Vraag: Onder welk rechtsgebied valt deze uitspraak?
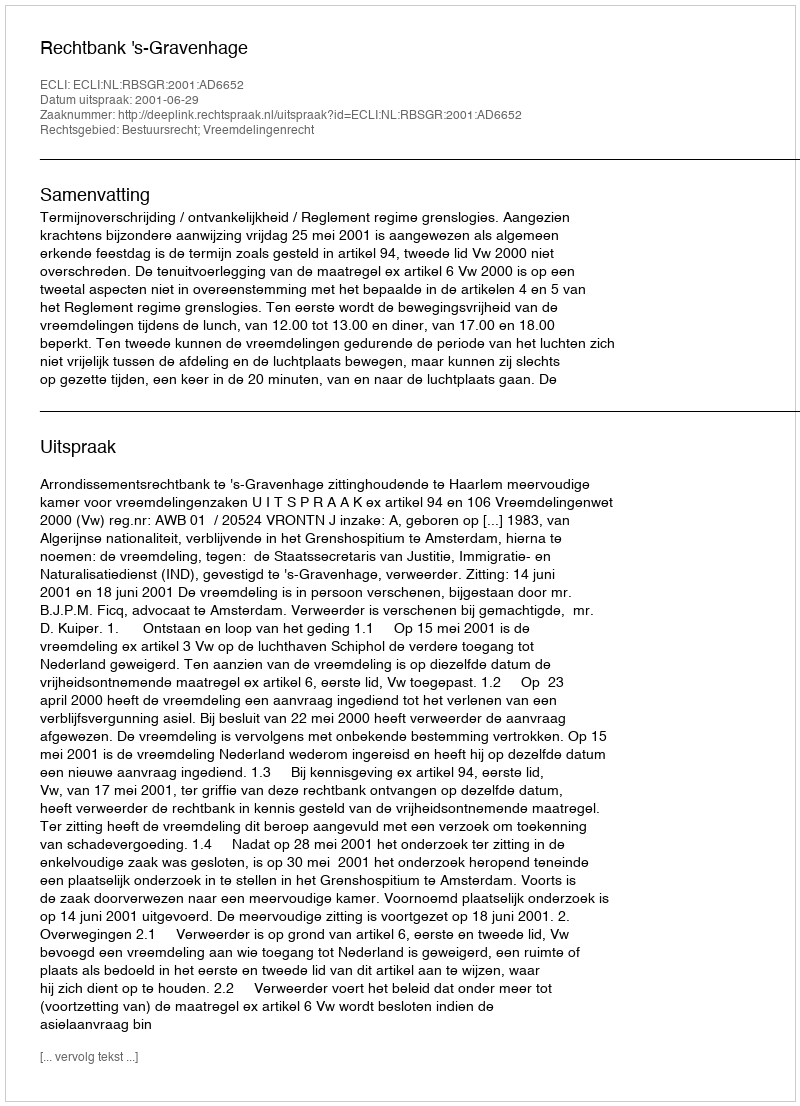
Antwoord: Bestuursrecht; Vreemdelingenrecht